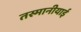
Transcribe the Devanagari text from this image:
तस्मानीयाई